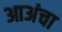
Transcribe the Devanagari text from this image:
आअंचा